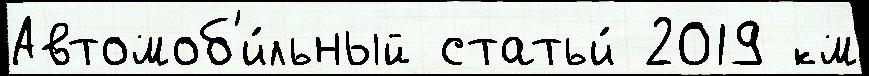
Автомоб'и́льный статьи́ 2019 км